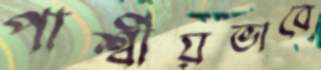
পার্শ্বীয়ভাবে